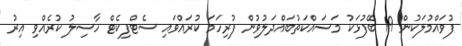
ފުވައްމުލަކުން 19 ބޭފުޅަކު މަސައްކަތުބައްދަލުވުން ފުރިހަމަ ކުރައްވައި ސެޓްފިކެޓް ހާސިލު ކުރެއްވި އިރު